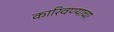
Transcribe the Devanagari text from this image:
कारिवण्याचा